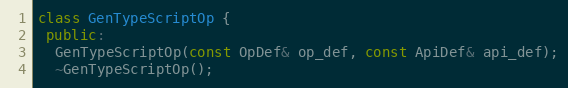
Language: C++
class GenTypeScriptOp {
 public:
  GenTypeScriptOp(const OpDef& op_def, const ApiDef& api_def);
  ~GenTypeScriptOp();